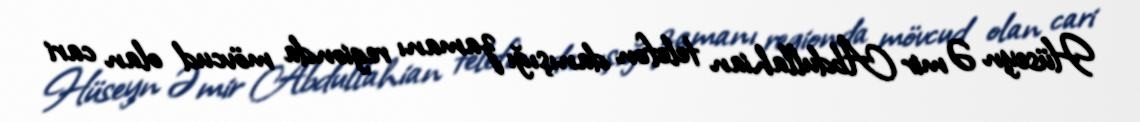
Hüseyn Əmir Abdullahian telefon danışığı zamanı regionda mövcud olan cari